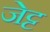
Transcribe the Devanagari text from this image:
जेट्ट